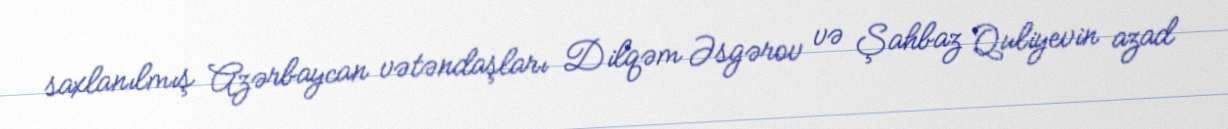
saxlanılmış Azərbaycan vətəndaşları Dilqəm Əsgərov və Şahbaz Quliyevin azad